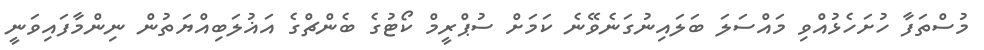
މުސްތަފާ ހުށަހެޅުއްވި މައްސަލަ ބަލައިނުގަނެވޭނެ ކަމަށް ސުޕްރީމް ކޯޓުގެ ބެންޗްގެ އަޣުލަބިއްޔަތުން ނިންމާފައިވަނީ